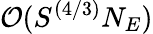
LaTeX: \mathcal{O}(S^{(4/3)}N_{E})